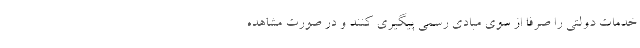
خدمات دولتی را صرفا از سوی مبادی رسمی پیگیری کنند و در صورت مشاهده